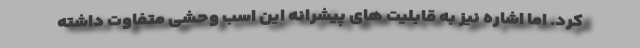
کرد. اما اشاره نیز به قابلیت های پیشرانه این اسب وحشی متفاوت داشته